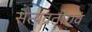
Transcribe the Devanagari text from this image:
सत्यव्रतीएवं